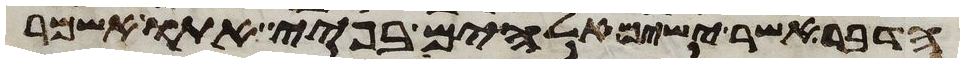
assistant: הדבר אשר ישים אלהים בפיי אתו אשמר